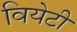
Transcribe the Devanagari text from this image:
वियेटी